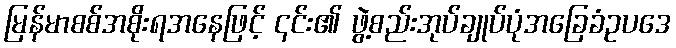
မြန်မာစစ်အစိုးရအနေဖြင့် ၎င်း၏ ဖွဲ့စည်းအုပ်ချုပ်ပုံအခြေခံဥပဒေ